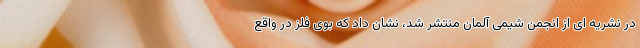
در نشریه ای از انجمن شیمی آلمان منتشر شد، نشان داد که بوی فلز در واقع